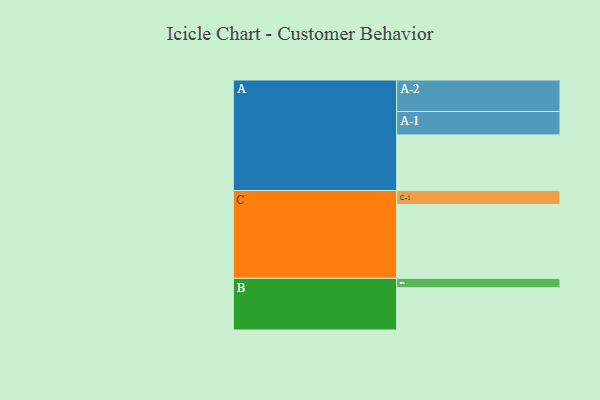
{"axis": {"x": "Segment", "y": "Value"}, "legend": ["", "A", "B", "C"], "data": [{"x": "A", "y": 425, "type": ""}, {"x": "B", "y": 323, "type": ""}, {"x": "C", "y": 565, "type": ""}, {"x": "A-1", "y": 179, "type": "A"}, {"x": "A-2", "y": 241, "type": "A"}, {"x": "B-1", "y": 72, "type": "B"}, {"x": "C-1", "y": 107, "type": "C"}]}